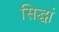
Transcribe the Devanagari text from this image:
सिद्धां